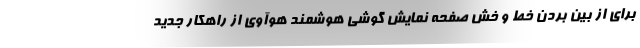
برای از بین بردن خط و خش صفحه نمایش گوشی هوشمند هوآوی از راهکار جدید